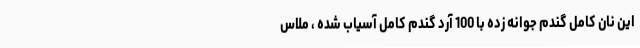
این نان کامل گندم جوانه زده با 100 آرد گندم کامل آسیاب شده ، ملاس